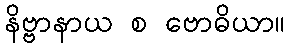
နိဗ္ဗာနာယ စ ဗောဓိယာ။